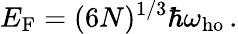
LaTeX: E_{\mathrm{{F}}}=(6N)^{1/3}\hbar\omega_{\mathrm{ho}}\, .